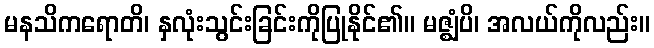
မနသိကရောတိ၊ နှလုံးသွင်းခြင်းကိုပြုနိုင်၏။ မဇ္ဈံပိ၊ အလယ်ကိုလည်း။